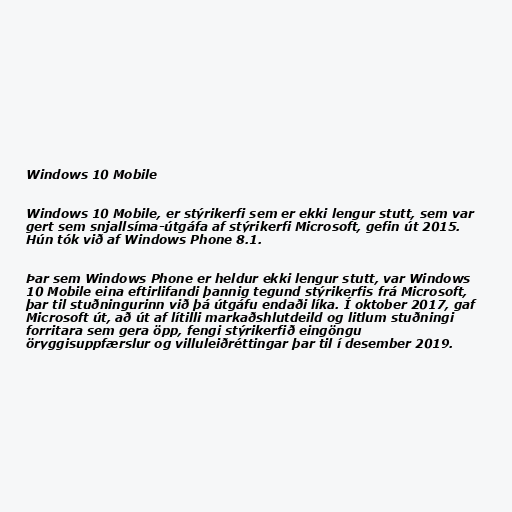
Windows 10 Mobile

Windows 10 Mobile, er stýrikerfi sem er ekki lengur stutt, sem var
gert sem snjallsíma-útgáfa af stýrikerfi Microsoft, gefin út 2015.
Hún tók við af Windows Phone 8.1.

Þar sem Windows Phone er heldur ekki lengur stutt, var Windows
10 Mobile eina eftirlifandi þannig tegund stýrikerfis frá Microsoft,
þar til stuðningurinn við þá útgáfu endaði líka. Í oktober 2017, gaf
Microsoft út, að út af lítilli markaðshlutdeild og litlum stuðningi
forritara sem gera öpp, fengi stýrikerfið eingöngu
öryggisuppfærslur og villuleiðréttingar þar til í desember 2019.